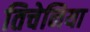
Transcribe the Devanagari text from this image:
तिचेनिया